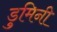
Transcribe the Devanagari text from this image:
डुमिनी